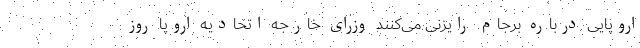
اروپایی درباره برجام رایزنی می‌کنند وزرای خارجه اتحادیه اروپا روز